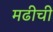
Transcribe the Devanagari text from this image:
मढीची